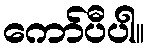
ကော်ပီပါ။